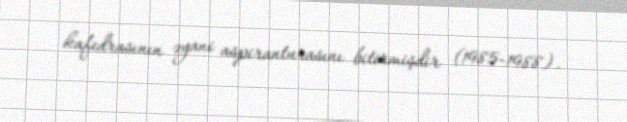
kafedrasının əyani aspiranturasını bitirmişdir (1985-1988).